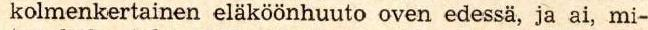
kolmenkertainen eläköönhuuto oven edessä, ja ai, mi-